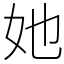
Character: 她